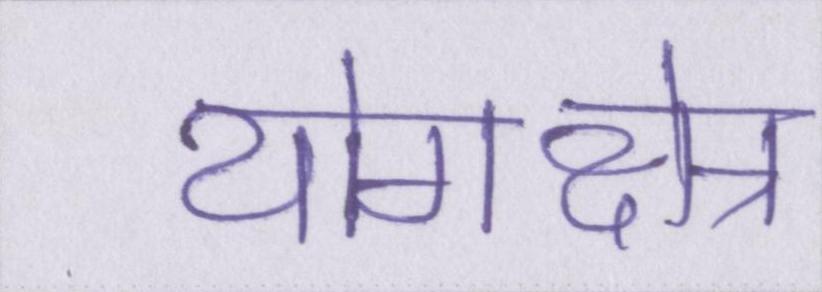
योगक्षेत्र